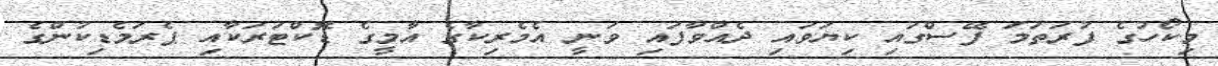
މިކޯހުގެ ފުރަތަމަ ފޭސްގައި ކިޔަވައި ދެއްވާފައި ވަނީ އެމެރިކާގެ އާމީގެ ޑޮކްޓަރަކާއި ޕެރަމެޑިކުންގެ